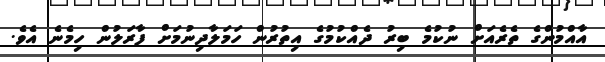
އާއްމުންގެ ތެރެއަށް ނުކުމެ ބިރު ދެއްކުމުގެ އިތުރުން ހަމަލާދިނުމަށް ފާރަލުން ހިމެނެ އެވެ.